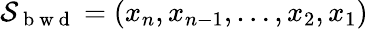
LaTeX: {\cal S}_{\mathrm{~b~w~d~}}=(x_{n},x_{n-1},\dots,x_{2},x_{1})